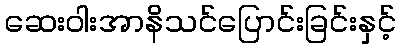
ဆေးဝါးအာနိသင်ပြောင်းခြင်းနှင့်